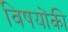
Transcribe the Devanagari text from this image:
विषयोंकी